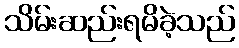
သိမ်းဆည်းရမိခဲ့သည်